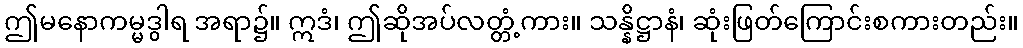
ဤမနောကမ္မဒွါရ အရာ၌။ ဣဒံ၊ ဤဆိုအပ်လတ္တံ့ကား။ သန္နိဋ္ဌာနံ၊ ဆုံးဖြတ်ကြောင်းစကားတည်း။